Report of veterinary surgeon J.H. Steel, A.V.D., on his investigation into an obscure and fatal disease among transport mules in British Burma
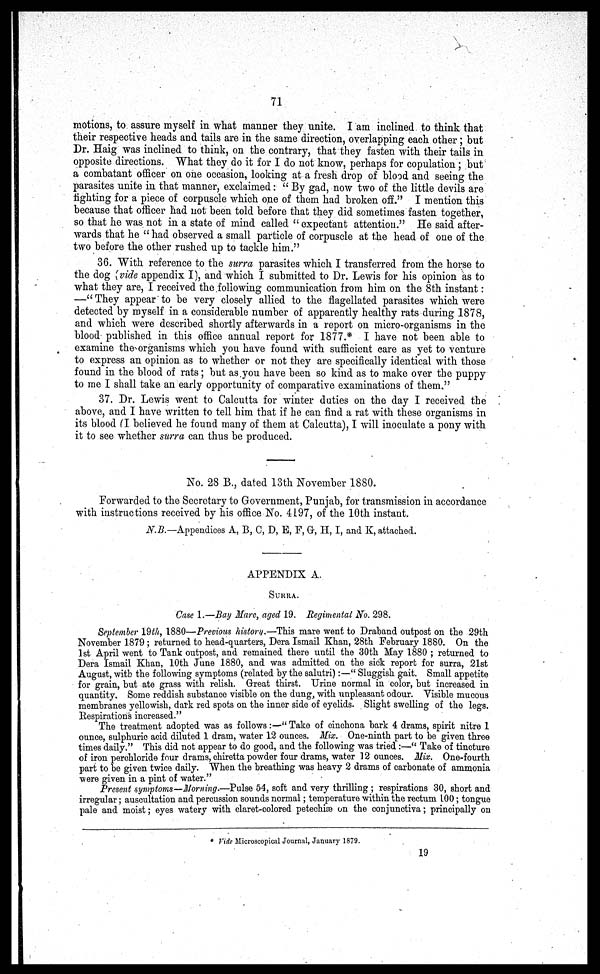
71
motions, to assure myself in what manner they unite. I am inclined to think that
their respective heads and tails are in the same direction, overlapping each other; but
Dr. Haig was inclined to think, on the contrary, that they fasten with their tails in
opposite directions. What they do it for I do not know, perhaps for copulation; but
a combatant officer on one occasion, looking at a fresh drop of blood and seeing the
parasites unite in that manner, exclaimed: " By gad, now two of the little devils are
fighting for a piece of corpuscle which one of them had broken off." I mention this
because that officer had not been told before that they did sometimes fasten together,
so that he was not in a state of mind called " expectant attention." He said after-
wards that he "had observed a small particle of corpuscle at the head of one of the
two before the other rushed up to tackle him."
36. With reference to the surra parasites which I transferred from the horse to
the dog (vide appendix I), and which I submitted to Dr. Lewis for his opinion as to
what they are, I received the following communication from him on the 8th instant:
—"They appear to be very closely allied to the flagellated parasites which were
detected by myself in a considerable number of apparently healthy rats during 1878,
and which were described shortly afterwards in a report on micro-organisms in the
blood published in this office annual report for 1877.* I have not been able to
examine the organisms which you have found with sufficient care as yet to venture
to express an opinion as to whether or not they are specifically identical with those
found in the blood of rats; but as you have been so kind as to make over the puppy
to me I shall take an early opportunity of comparative examinations of them."
37. Dr. Lewis went to Calcutta for winter duties on the day I received the
above, and I have written to tell him that if he can find a rat with these organisms in
its blood CI believed he found many of them at Calcutta), I will inoculate a pony with
it to see whether surra can thus be produced.
No. 28 B., dated 13th November 1880.
Forwarded to the Secretary to Government, Punjab, for transmission in accordance
with instructions received by his office No. 4197, of the 10th instant.
N.B.— Appendices A, B, C, D, E, F, G, H, I, and K, attached.
APPENDIX A.
SURRA.
Case 1.—Bay Mare, aged 19. Regimental No. 298.
September 19th, 1880—Previous history.—This mare went to Draband outpost on the 29th
November 1879 ; returned to head-quarters, Dera Ismail Khan, 28th February 1880. On the
1st April went to Tank outpost, and remained there until the 30th May 1880 ; returned to
Dera Ismail Khan, 10th June 1880, and was admitted on the sick report for surra, 21st
August, with the following symptoms (related by the salutri):—" Sluggish gait. Small appetite
for grain, but ate grass with relish. Great thirst. Urine normal in color, but increased in
quantity. Some reddish substance visible on the dung, with unpleasant odour. Visible mucous
membranes yellowish, dark red spots on the inner side of eyelids. Slight swelling of the legs.
Respirations increased."
The treatment adopted was as follows:—" Take of cinchona bark 4 drams, spirit nitre 1
ounce, sulphuric acid diluted 1 dram, water 12 ounces. Mix. One-ninth part to be given three
times daily." This did not appear to do good, and the following was tried :—" Take of tincture
of iron perchloride four drams, chiretta powder four drams, water 12 ounces. Mix, One-fourth
part to be given twice daily. When the breathing was heavy 2 drams of carbonate of ammonia
were given in a pint of water."
Present symptoms—Morning.—Pulse 54, soft and very thrilling ; respirations 30, short and
irregular; auscultation and percussion sounds normal; temperature within the rectum 100; tongue
pale and moist; eyes watery with claret-colored petechiae on the conjunctiva; principally on
* Vide Microscopical Journal, January 1879.
19